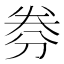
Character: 𠝂